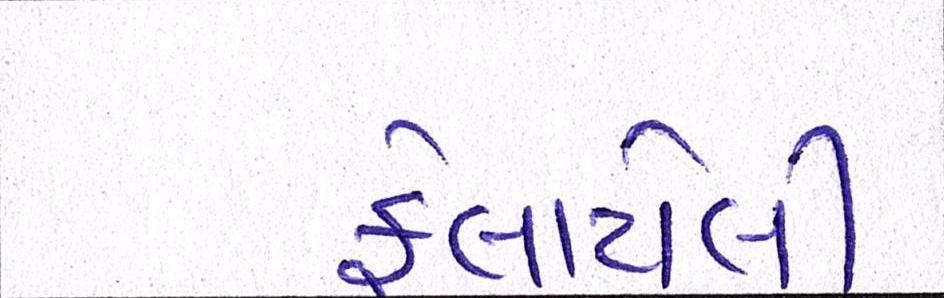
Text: ફેલાવેલી